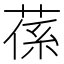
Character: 𦵠